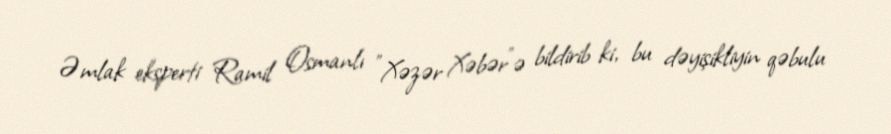
Əmlak eksperti Ramil Osmanlı "Xəzər Xəbər"ə bildirib ki, bu dəyişikliyin qəbulu